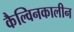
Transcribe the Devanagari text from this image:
कैल्विनकालीन